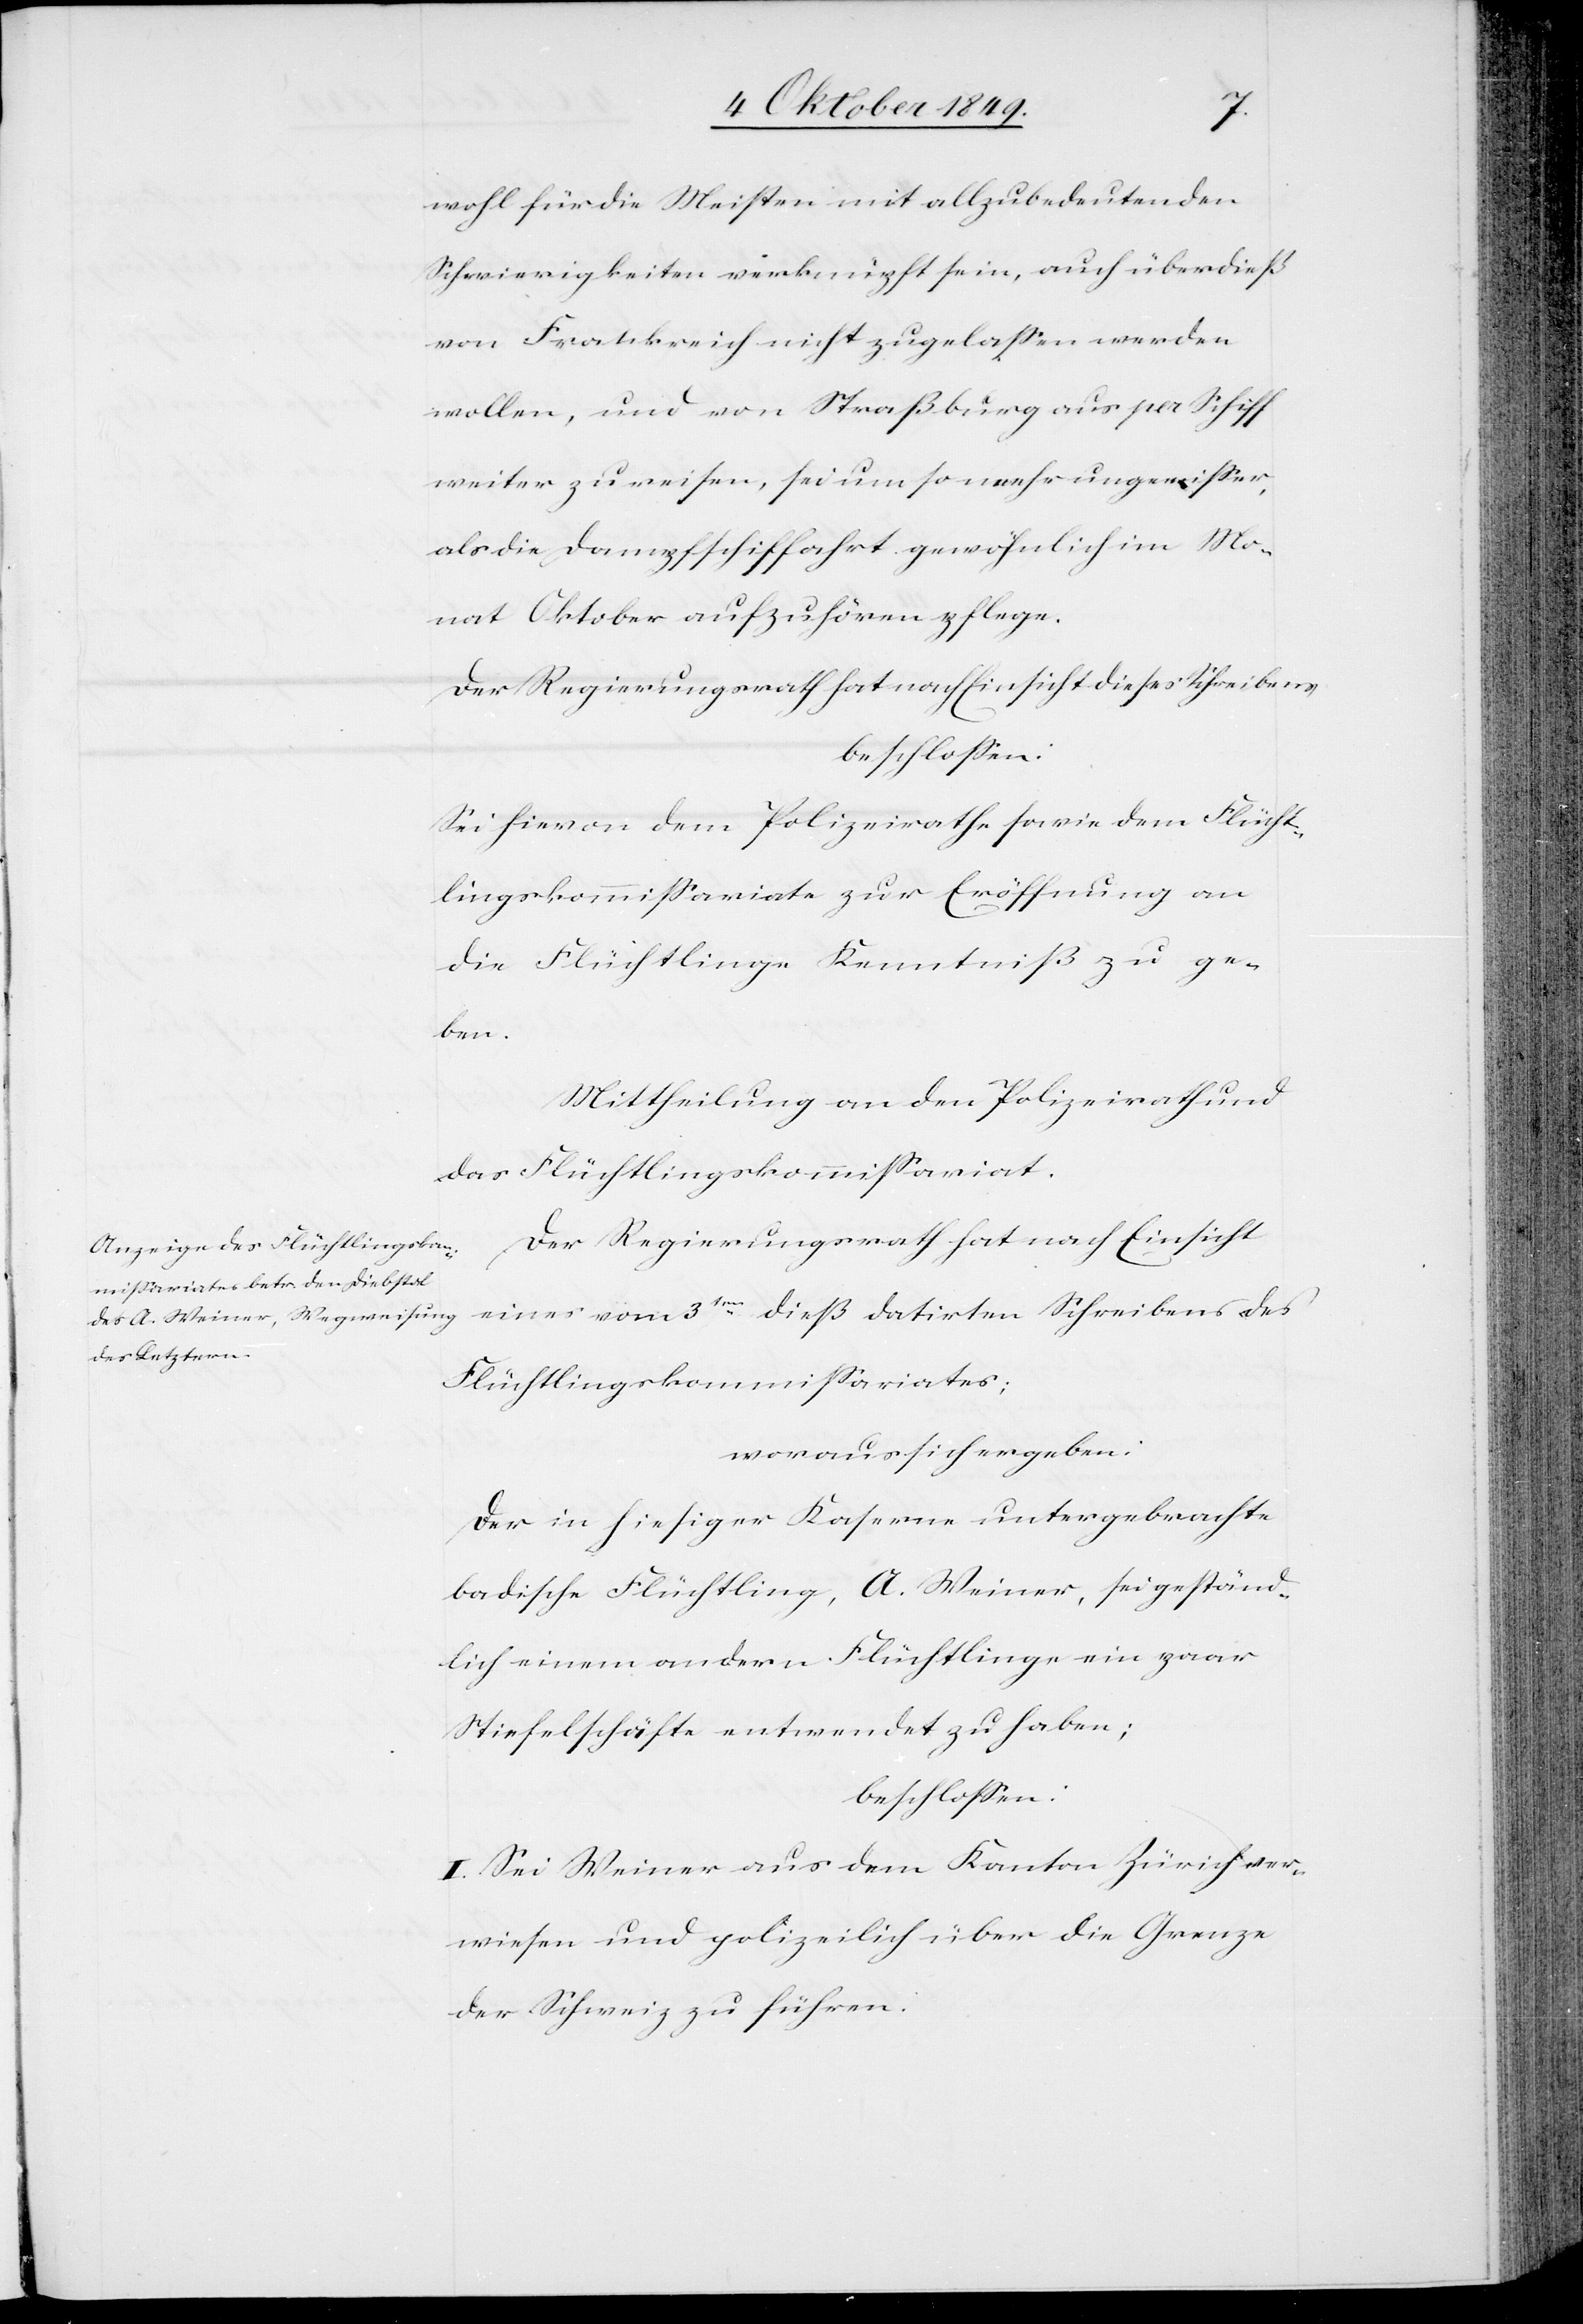
wohl für die Meisten mit allzu bedeutenden
Schwierigkeiten verknüpft sein, auch überdieß
von Frankreich nicht zugelassen werden
wollen, und von Straßburg aus per Schiff
weiter zu reisen, sei um so mehr ungewisser,
als die Dampfschiffahrt gewöhnlich im Mo¬
nat Oktober aufzuhören pflege.
Der Regierungsrath hat nach Einsicht dieses Schreibers
beschlossen:
Sei hievon dem Polizeirathe sowie dem Flücht¬
lingskommissariate zur Eröffnung an
die Flüchtlinge Kenntniß zu ge¬
ben.
Mittheilung an den Polizeirath und
das Flüchtlingskommißariat.
Der Regierungsrath hat nach Einsicht
Flüchtlingskommißariates;
woraus sich ergeben:
Der in hiesiger Kaserne untergebrachte
badische Flüchtling, A. Weiner, sei geständ¬
lich einem andern Flüchtlinge ein paar
Stiefelschäfte entwendet zu haben;
beschloßen:
I. Sei Weiner aus dem Kanton Zürich ver¬
wiesen und polizeilich über die Grenze
der Schweiz zu führen: